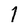
Character: 1